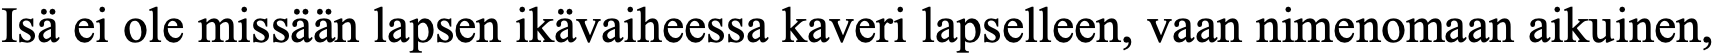
Isä ei ole missään lapsen ikävaiheessa kaveri lapselleen, vaan nimenomaan aikuinen,